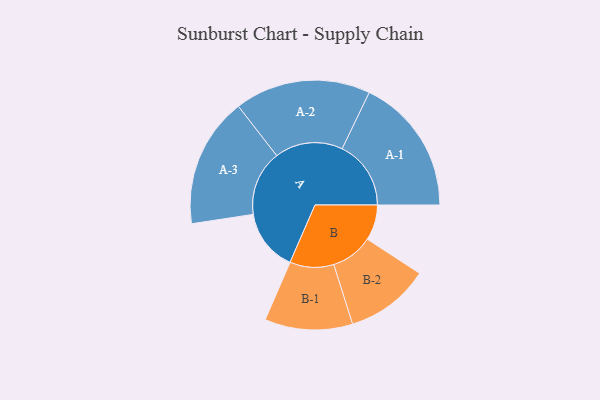
{"axis": {"x": "Segment", "y": "Value"}, "legend": ["", "A", "B"], "data": [{"x": "A", "y": 234, "type": ""}, {"x": "B", "y": 134, "type": ""}, {"x": "A-1", "y": 260, "type": "A"}, {"x": "A-2", "y": 257, "type": "A"}, {"x": "A-3", "y": 246, "type": "A"}, {"x": "B-1", "y": 166, "type": "B"}, {"x": "B-2", "y": 159, "type": "B"}]}